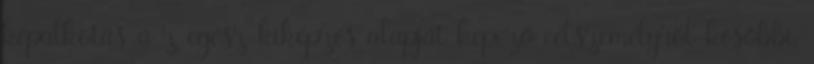
képalkotás a z egész kiképzés alapját képező célszemélyről későbbi,